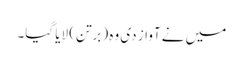
میں نے آواز دی وہ (برتن) لایا گیا۔